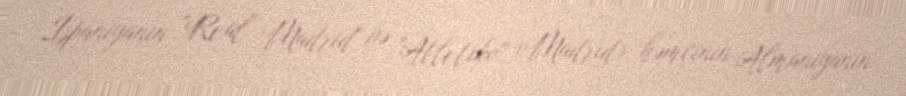
İspaniyanın "Real Madrid" və "Atletiko" (Madrid), həmçinin Almaniyanın